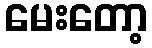
မေးတော့